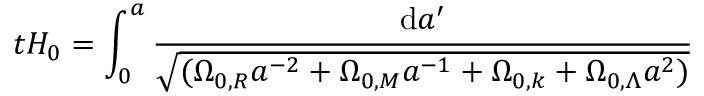
t H _ { 0 } = \int _ { 0 } ^ { a } { \frac { \mathrm { d } a ^ { \prime } } { \sqrt { ( \Omega _ { 0 , R } a ^ { - 2 } + \Omega _ { 0 , M } a ^ { - 1 } + \Omega _ { 0 , k } + \Omega _ { 0 , \Lambda } a ^ { 2 } ) } } }